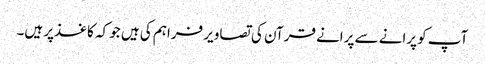
آپ کو پرانے سے پرانے قرآن کی تصاویر فراہم کی ہیں جو کہ کاغذ‌پر ہیں۔